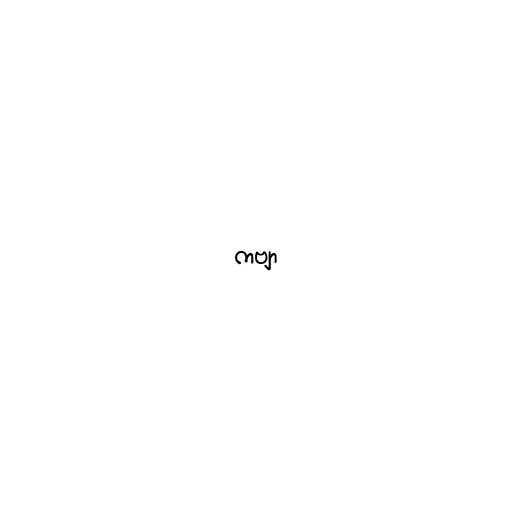
ကဗျာ